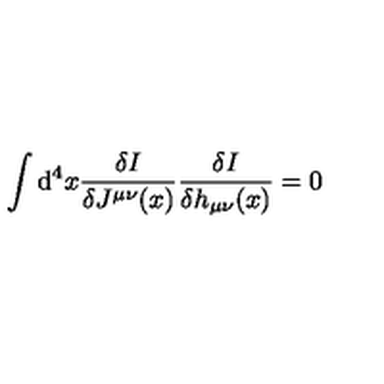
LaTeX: \int \mathrm { d } ^ { 4 } x \frac { \delta I } { \delta J ^ { \mu \nu } ( x ) } \frac { \delta I } { \delta h _ { \mu \nu } ( x ) } = 0